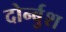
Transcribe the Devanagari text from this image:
दोर्न्बुश